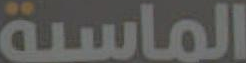
الماسية